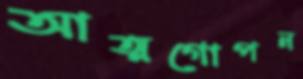
আত্মগোপন